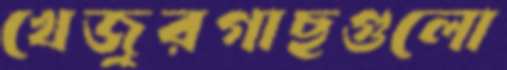
খেজুরগাছগুলো